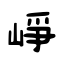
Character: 崢